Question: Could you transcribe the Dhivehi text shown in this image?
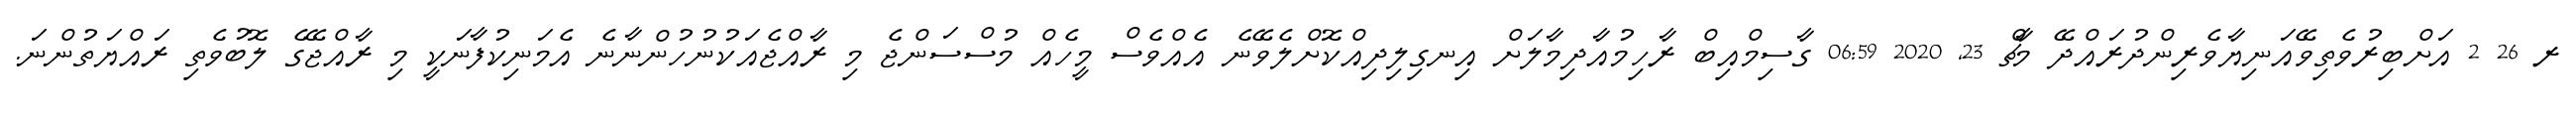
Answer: ރ 26 2 އަށްބިރުވެތިވޭއަނިޔާވެރިންދުރައްދޭ މާޗް 23, 2020 06:59 ގާސިމްއިބް ރާހިމުއާދިމާލަށް އިނގިލިދިއްކޮށްލެވޭނެ އެއްވެސް މީހެއް މުސްސަންޖެ މި ރާއްޖެއަކުނުހުންނާނެ އެމަނިކުފާނަކީ މި ރާއްޖޭގެ ލޮބުވެތި ރައްޔަތުންނަ.